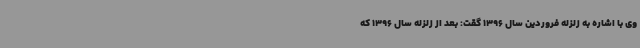
وی با اشاره به زلزله فروردین سال 1396 گقت: بعد از زلزله سال 1396 که